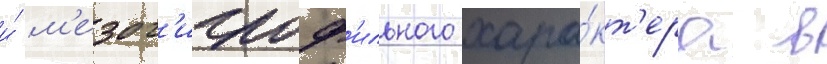
и́ м'езог'игроф'ильного хара́кт'ера в